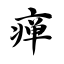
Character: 瘅